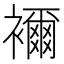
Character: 襧